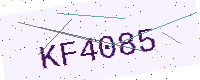
Text: KF4085